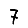
Digit: 7